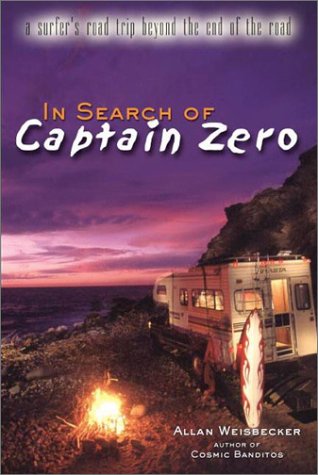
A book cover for IN SEARCH OF CAPTAIN ZERO: A Surfer's Road Trip Beyond the End of the Road; Allan Weisbecker; Sports & Outdoors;